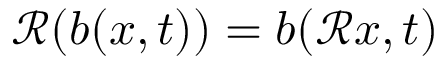
\mathscr { R } ( b ( x , t ) ) = b ( \mathscr { R } x , t )